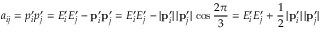
a _ { i j } = p _ { i } ^ { \prime } p _ { j } ^ { \prime } = E _ { i } ^ { \prime } E _ { j } ^ { \prime } - \mathbf { p } _ { i } ^ { \prime } \mathbf { p } _ { j } ^ { \prime } = E _ { i } ^ { \prime } E _ { j } ^ { \prime } - | \mathbf { p } _ { i } ^ { \prime } | \, | \mathbf { p } _ { j } ^ { \prime } | \, \cos \frac { 2 \pi } { 3 } = E _ { i } ^ { \prime } E _ { j } ^ { \prime } + \frac { 1 } { 2 } \, | \mathbf { p } _ { i } ^ { \prime } | \, | \mathbf { p } _ { j } ^ { \prime } |